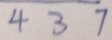
4 3 7